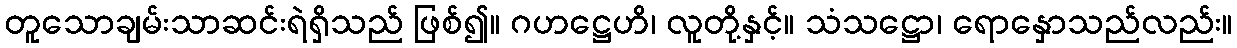
တူသောချမ်းသာဆင်းရဲရှိသည် ဖြစ်၍။ ဂဟဋ္ဌေဟိ၊ လူတို့နှင့်။ သံသဋ္ဌော၊ ရောနှောသည်လည်း။